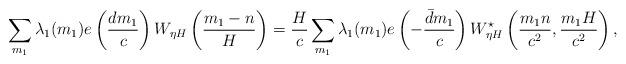
LaTeX: \begin{align*}\sum_{m_1}\lambda_{1}(m_1)e\left(\frac{dm_1}{c}\right)W_{\eta H}\left(\frac{m_1-n}{H}\right)=\frac{H}{c}\sum_{m_1}\lambda_{1}(m_1)e\left(-\frac{\bar{d}m_1}{c}\right)W^{\star}_{\eta H}\left(\frac{m_1n}{c^2},\frac{m_1H}{c^2}\right),\end{align*}